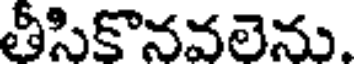
తీసికొనవలెను.